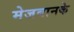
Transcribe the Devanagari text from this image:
मेजबानके